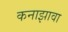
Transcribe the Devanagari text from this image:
कनाझावा